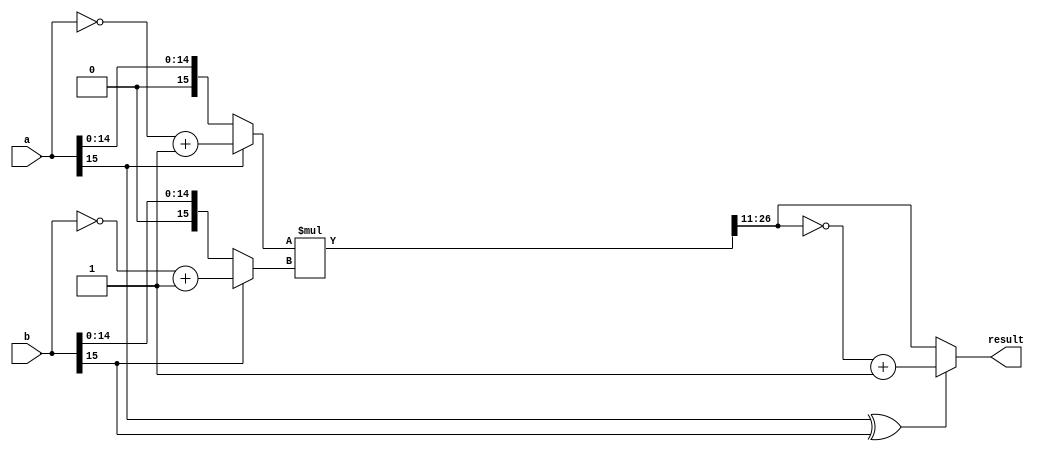
module multiplier(input [15 : 0] a, input [15 : 0] b, output [15 : 0] result);
    wire [31 : 0] guardedres;
    wire [15 : 0] unsignedResult;
    wire [15 : 0] aShadow;
    wire [15 : 0] bShadow;
    wire sign;
    assign sign = a[15] ^ b[15];
    assign aShadow = (a[15]) ? ((~a) + 1) : a;
    assign bShadow = (b[15]) ? ((~b) + 1) : b;
    assign guardedres = aShadow * bShadow;
    assign unsignedResult = guardedres[26 : 11];
    assign result = (sign) ? ((~unsignedResult) + 1) : unsignedResult;
endmodule


// module multiplier_testbench;
//     reg [15:0] a;
//     reg [15:0] b;
//     wire [15:0] result;
//     multiplier mymult(a, b, result);

//     initial begin
//         $monitor("a: %b, b: %b, result: %b.%b", a, b, result[15:11], result[10:0]);
//     end
//     initial begin
//         a = {6'b000011, 10'b0};
//         b = a;
//         #5;
//         a = {5'b00001, 2'b11, 9'b0};
//         b = {5'b00011, 3'b001, 8'b0};
//         #5;
//     end
// endmodule